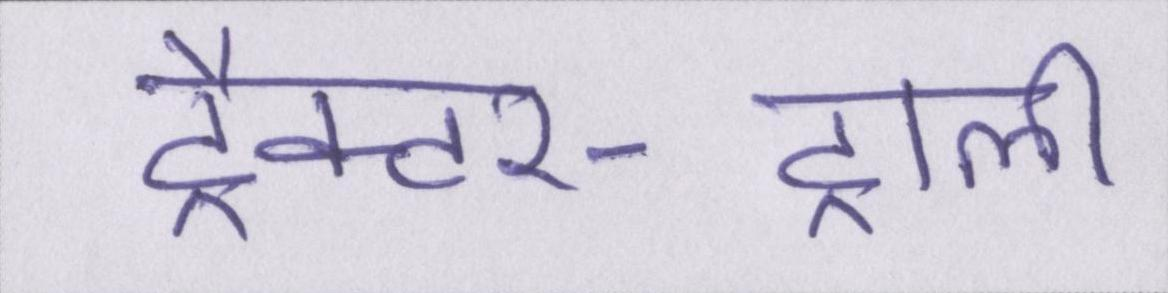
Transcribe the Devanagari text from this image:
ट्रैक्टर-ट्राली